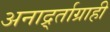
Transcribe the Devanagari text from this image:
अनार्द्र्ताग्राही